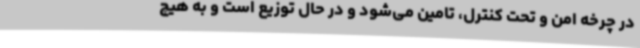
در چرخه امن و تحت کنترل، تامین می‌شود و در حال توزیع است و به هیچ